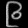
Digit: ၉